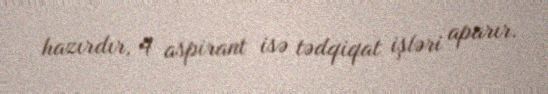
hazırdır, 4 aspirant isə tədqiqat işləri aparır.